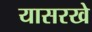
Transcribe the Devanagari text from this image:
यासरखे